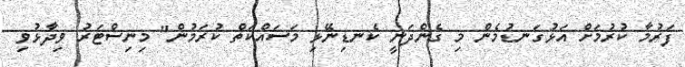
ފަރުމާ ކުރުމަށް އަޅުގަނޑުމެން މި ގެންދަނީ ކެނޑިނޭޅި މަސައްކަތް ކުރަމުން" މިނިސްޓަރު ވިދާޅުވި